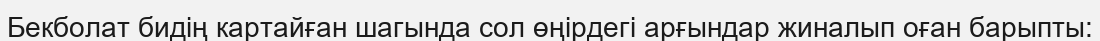
Бекболат бидің картайған шагында сол өңірдегі арғындар жиналып оған барыпты: